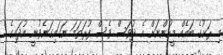
މި ރަށުގެ ބައެއް މީހުންނަށް އެ ދުވަސް ވެސް ފުރަތަމަ ނަގައިގަނެވުނީ އުދައިގެ